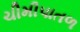
ચીમીપાતળ